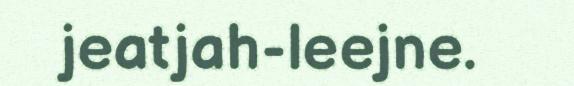
jeatjah-leejne.